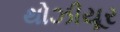
થોઝીયૂર